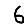
Digit: 6